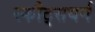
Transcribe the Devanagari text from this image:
स्कौट्सबर्ग